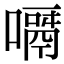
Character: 𠿎